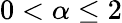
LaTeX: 0<\alpha\leq 2